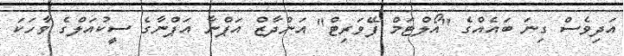
އަދިވެސް ގިނަ ބައެއްގެ "އޯލްޓަމް ފޭވަރިޓް" އަންދާޒް އަޕްނާ އަޕްނާގެ ސީކުއަލްގެ ވާހަކަ